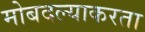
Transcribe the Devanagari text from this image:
मोबदल्याकरता